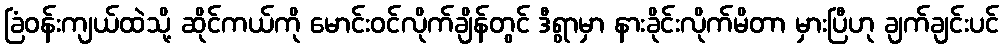
ခြံဝန်းကျယ်ထဲသို့ ဆိုင်ကယ်ကို မောင်းဝင်လိုက်ချိန်တွင် ဒီရွာမှာ နားခိုင်းလိုက်မိတာ မှားပြီဟု ချက်ချင်းပင်